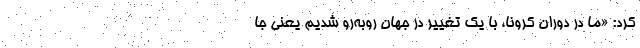
کرد: «ما در دوران کرونا، با یک تغییر در جهان روبه‌رو شدیم یعنی جا